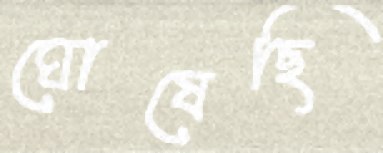
ঘোষেছি